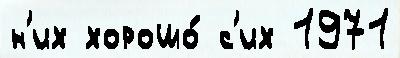
н'их хорошо́ с'их 1971